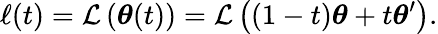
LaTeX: \ell(t)=\mathcal{L}\left(\boldsymbol\theta(t)\right)=\mathcal{L}\left((1-t)\boldsymbol\theta+t\boldsymbol\theta^{\prime}\right).